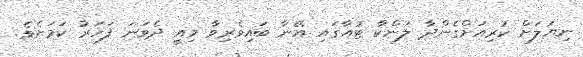
ނިޔަލަށް ކުރިއަށްގެންދާ ލަންކާ ޓުއާގައި އޭނާ ބައިވެރިވާ މިއީ ދެވަނަ ފަހަރު ކަމަށެވެ.